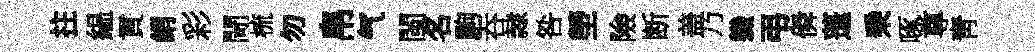
拄緼貢綃彩閜梳勿帛气閩名駒吞隷咎塋險断盖乃軄弔僢蓬乗啄尊靑